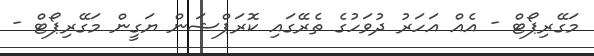
މަގޭރިޕޯޓް - އެއް އަހަރު ދުވަހުގެ ތެރޭގައި ކޮރަޕްޝަން ޔަގީން މަގޭރިޕޯޓް -